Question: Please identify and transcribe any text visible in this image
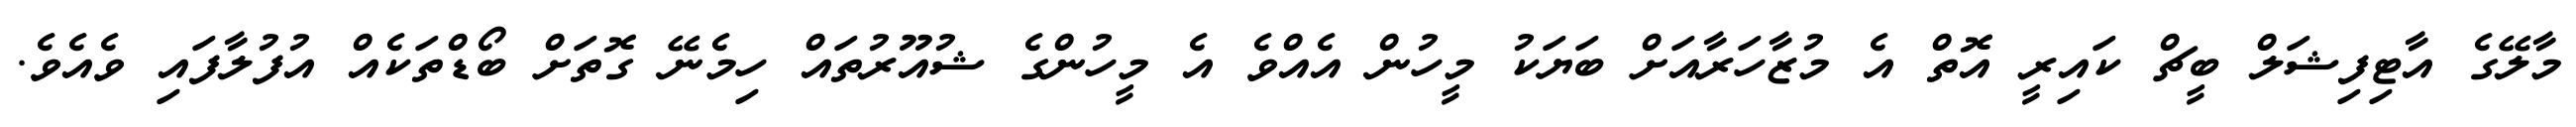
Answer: މާލޭގެ އާޓިފިޝަލް ބީޗް ކައިރީ އޮތް އެ މުޒާހަރާއަށް ބަޔަކު މީހުން އެއްވެ އެ މީހުންގެ ޝުއޫރުތައް ހިމެނޭ ގޮތަށް ބޯޑްތަކެއް އުފުލާފައި ވެއެވެ.